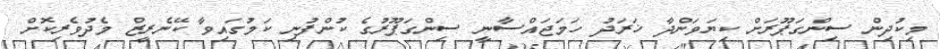
މިކުދިން ސިންގަޕޫރަށް ކިޔަވަންދާ ޚަރަދު ހަމަޖައްސާނީ ސިންގަޕޫރުގެ ކުންފުނި ކަމުގައިވާ ކޭނެރީޒް މެދުވެރިކޮށް